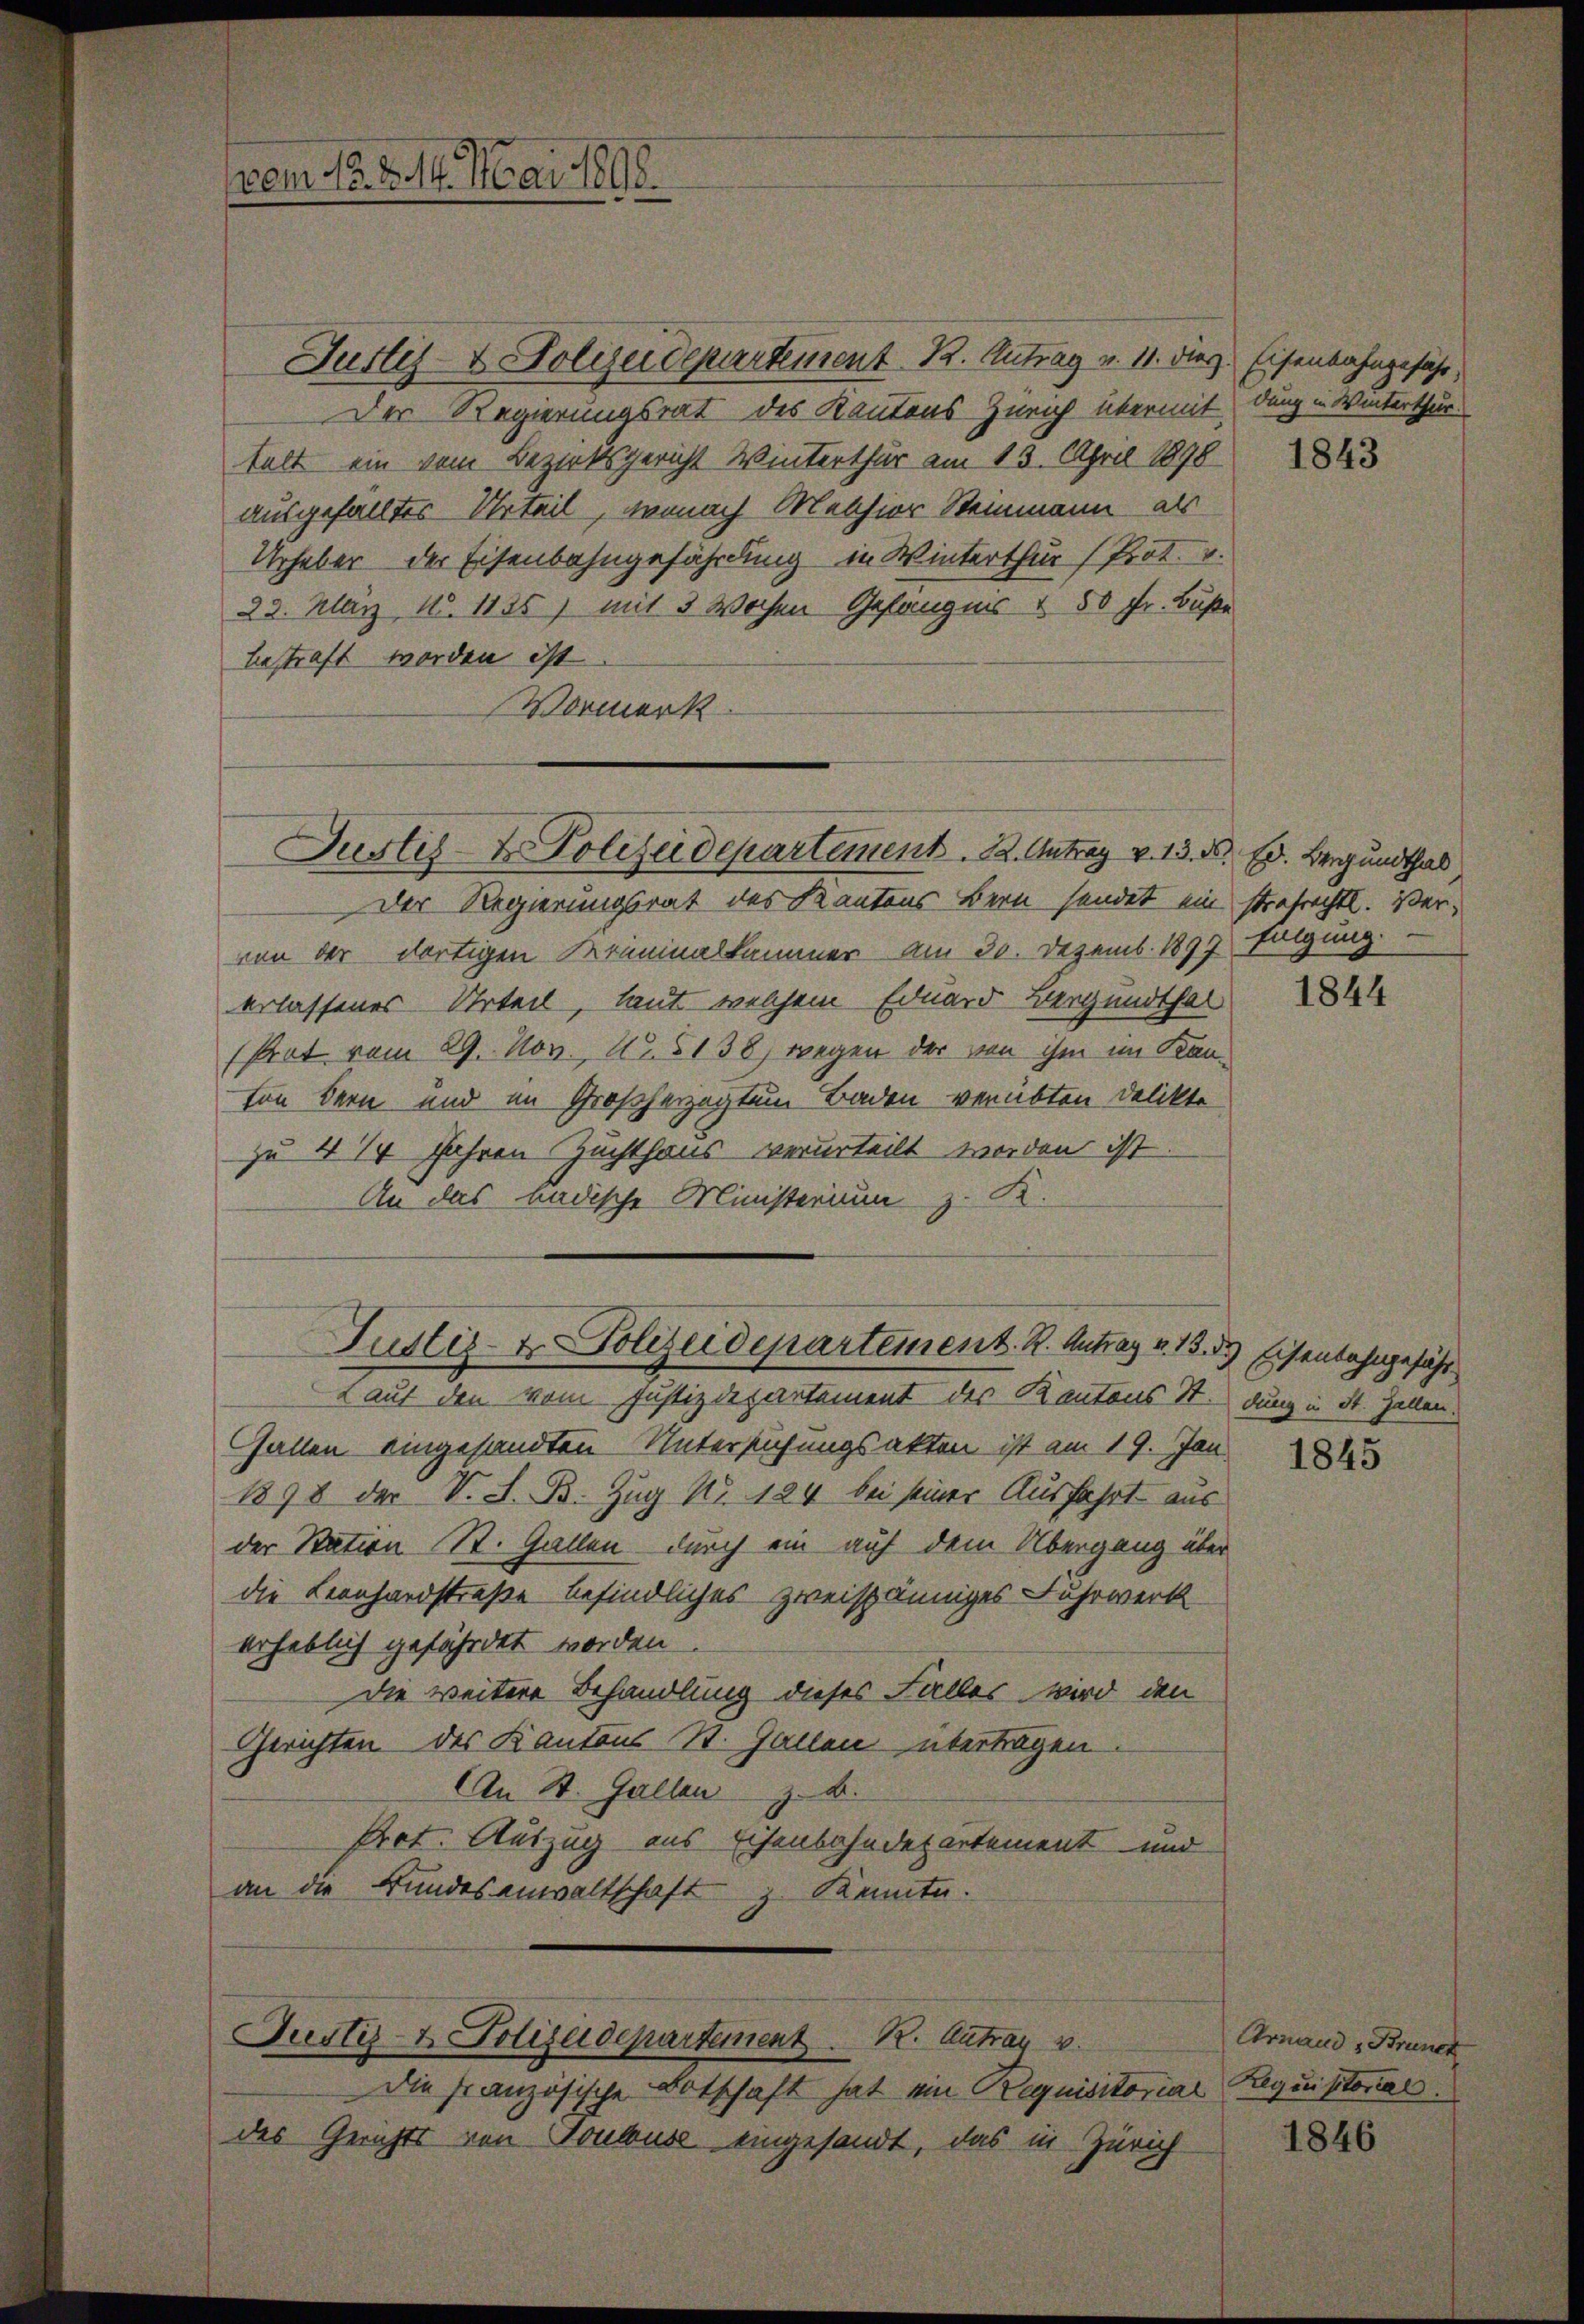
vom No. 214. Mai 1898.

Guster & Polizeidepartement. K. Antrag v. 13. N. Ed. Bergundthal

Justiz- & Polizeidepartement K. Antrag v. 11. Dez. Eisenbahngefähr,
Der Regierungsrat des Kantons Zürich übermit
talt ein vom Bezirksgericht Winterthur am 13. April 1898
ausgefälltes Urteil, wennach Melchior Steinmann als
Urhaber der Eisenbahngefährdung in Winterthur (Prot. v.
22. März 185. 1135) mit 3 Wochen Gefängnis & 50 Fr. Buße
bestraft worden ist
Vormerk
Der Regierungsrat des Kantons Bern sendet ein strafrechtl. Vervon der dortigen Kraminalkammer am 30. Dezemb. 1897 tilgung.
erlassenes Urteil, laut welchem Eduard Bergundthal
Prat vom 29. Nov., N. 5138, wegen der von ihm im Kanvon dern und im Großherzogtum Baden verübten Delikte
zu 4 14 Jahren Zuchthaus verurteilt worden ist
An das badische Ministerium z. K
Justiz- & Polizeidepartement. R. Antrag v. 13. d. Eisenbahngefähr
Lauf den vom Justizdepartement der Kantons St. dung in St. Gallen.
Fallen eingesandten Untersuchungsakten ist am 19. Jan
1898 der V. S. B. Zug No. 124 bei seiner Ausfahrt aus
der Station St. Gallen durch ein auf dem Übergang über
die Leonhardstraße befindliches zweispänniges Fuhrwerk
erheblich gefährdet worden.
Die weitere Behandlung dieses Falles wird den
Gerichten des Kantons St. Gallen übertragen
An St. Gallen z. B.
Pct. Auszug aus Eisenbahndepartement und
an die Bundesanwaltschaft z. Kennte.

Justiz- & Polizeidepartement  .   K. Antrag v

Die französische Botschaft hat ein Requisitorial Requistorias.
des Gerichts von Toubus eingesandt, das in Zürich

dung in Winterthur.

1843

1844

1845

Arnand Brunck

1846